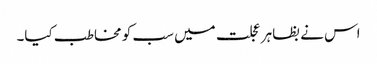
اس نے بظاہر عجلت میں سب کو مخاطب کیا۔